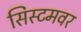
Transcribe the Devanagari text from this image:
सिस्टमवर